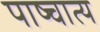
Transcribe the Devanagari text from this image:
पाष्चात्य